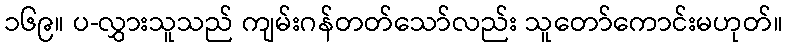
၁၆၉။ ပ-လွှားသူသည် ကျမ်းဂန်တတ်သော်လည်း သူတော်ကောင်းမဟုတ်။